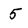
Character: 5